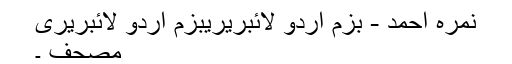
نمرہ احمد - بزم اردو لائبریریبزم اردو لائبریری
مصحف ۔